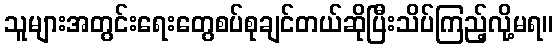
သူများအတွင်းရေးတွေစပ်စုချင်တယ်ဆိုပြီးသိပ်ကြည့်လို့မရ။